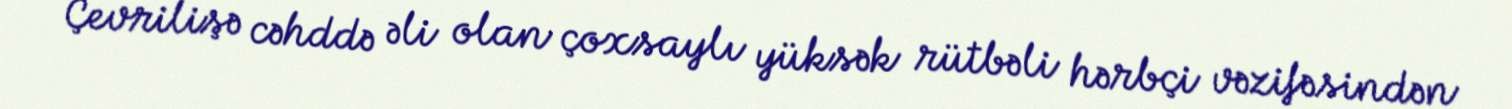
Çevrilişə cəhddə əli olan çoxsaylı yüksək rütbəli hərbçi vəzifəsindən